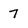
Character: 7